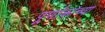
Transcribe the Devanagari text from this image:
पूर्णांकांच्या